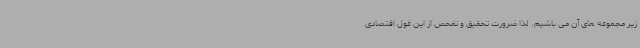
زیر مجموعه های آن می باشیم. لذا ضرورت تحقیق و تفحص از این غول اقتصادی